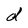
Character: d